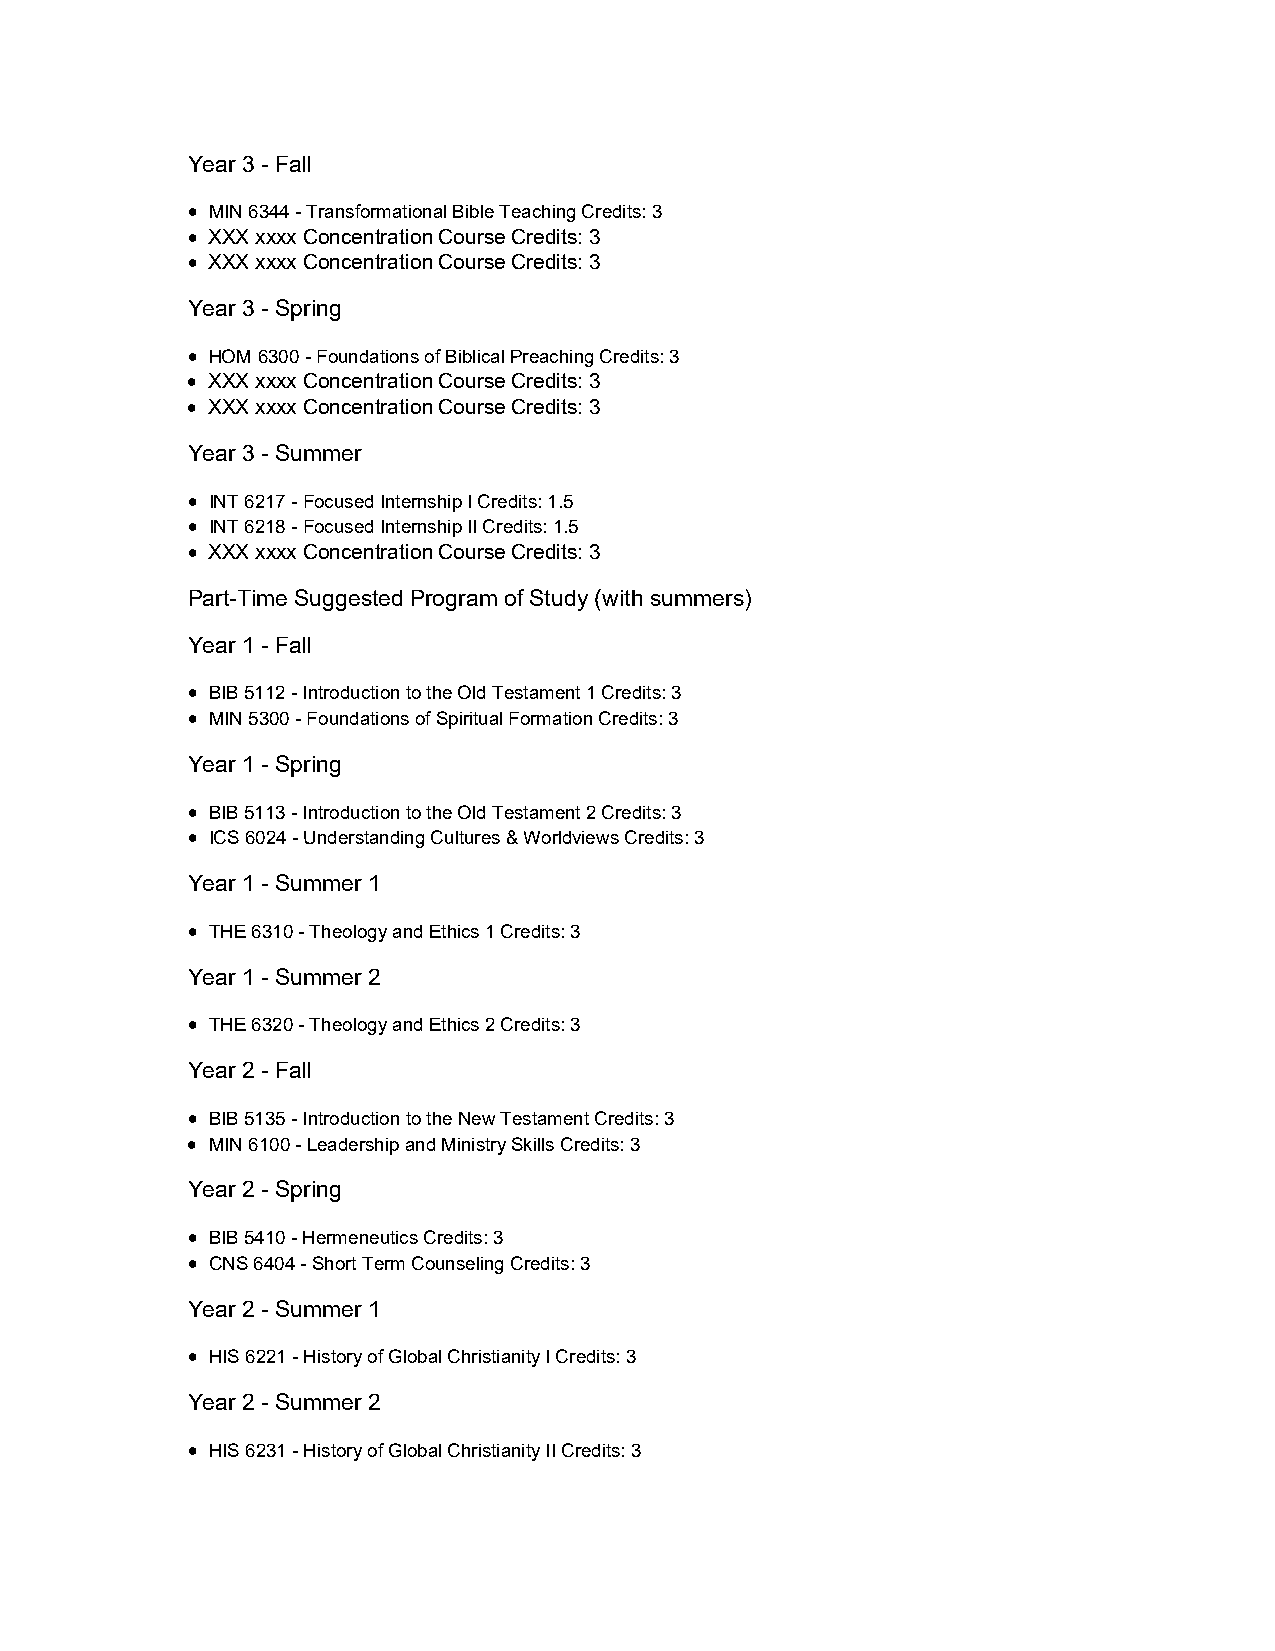
Year 3 - Fall
  MIN 6344 - Transformational Bible Teaching Credits: 3
  XXX xxxx Concentration Course Credits: 3
  XXX xxxx Concentration Course Credits: 3
 Year 3 - Spring
  HOM 6300 - Foundations of Biblical Preaching Credits: 3
  XXX xxxx Concentration Course Credits: 3
  XXX xxxx Concentration Course Credits: 3
 Year 3 - Summer
  INT 6217 - Focused Internship I Credits: 1.5
  INT 6218 - Focused Internship II Credits: 1.5
  XXX xxxx Concentration Course Credits: 3
 Part-Time Suggested Program of Study (with summers)
 Year 1 - Fall
  BIB 5112 - Introduction to the Old Testament 1 Credits: 3
  MIN 5300 - Foundations of Spiritual Formation Credits: 3
 Year 1 - Spring
  BIB 5113 - Introduction to the Old Testament 2 Credits: 3
  ICS 6024 - Understanding Cultures & Worldviews Credits: 3
 Year 1 - Summer 1
  THE 6310 - Theology and Ethics 1 Credits: 3
 Year 1 - Summer 2
  THE 6320 - Theology and Ethics 2 Credits: 3
 Year 2 - Fall
  BIB 5135 - Introduction to the New Testament Credits: 3
  MIN 6100 - Leadership and Ministry Skills Credits: 3
 Year 2 - Spring
  BIB 5410 - Hermeneutics Credits: 3
  CNS 6404 - Short Term Counseling Credits: 3
 Year 2 - Summer 1
  HIS 6221 - History of Global Christianity I Credits: 3
 Year 2 - Summer 2
  HIS 6231 - History of Global Christianity II Credits: 3